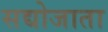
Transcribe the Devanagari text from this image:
सद्योजाता